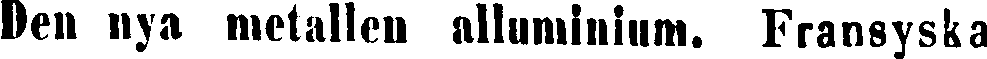
Den nya metallen alluminium. Fransyska